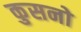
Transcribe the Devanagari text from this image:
कुसनो